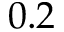
0 . 2